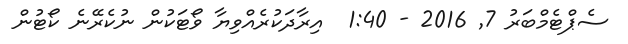
ސެޕްޓެމްބަރު 7